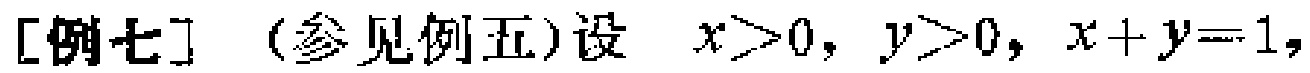
[例七] (参见例五)设 \(x>0, y>0, x + y = 1,\)